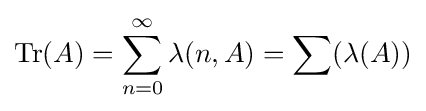
{\rm {Tr}}(A)=\sum _{n=0}^{\infty }\lambda (n,A)=\sum (\lambda (A))